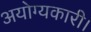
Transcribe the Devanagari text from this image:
अयोग्यकारी।